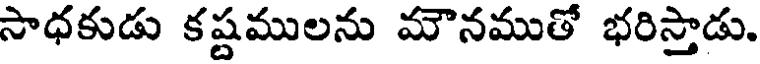
సాధకుడు కష్టములను మౌనముతో భరిస్తాడు.